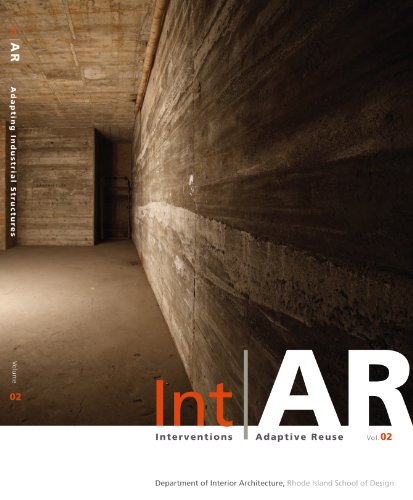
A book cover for IntAR, Interventions Adaptive Reuse, Volume 02; Adapting Industrial Structures; M. Berger; Arts & Photography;